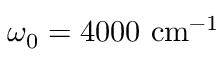
\omega _ { 0 } = 4 0 0 0 ~ \mathrm { c m } ^ { - 1 }